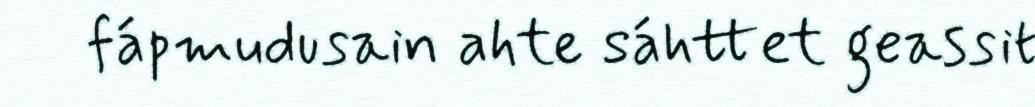
fápmudusain ahte sáhttet geassit